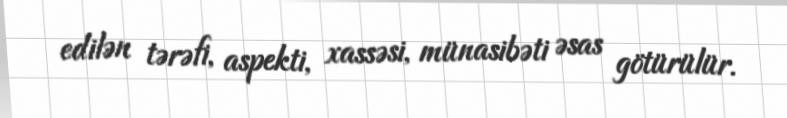
edilən tərəfi, aspekti, xassəsi, münasibəti əsas götürülür.